Scottish Leaving Certificate Examination, 1957
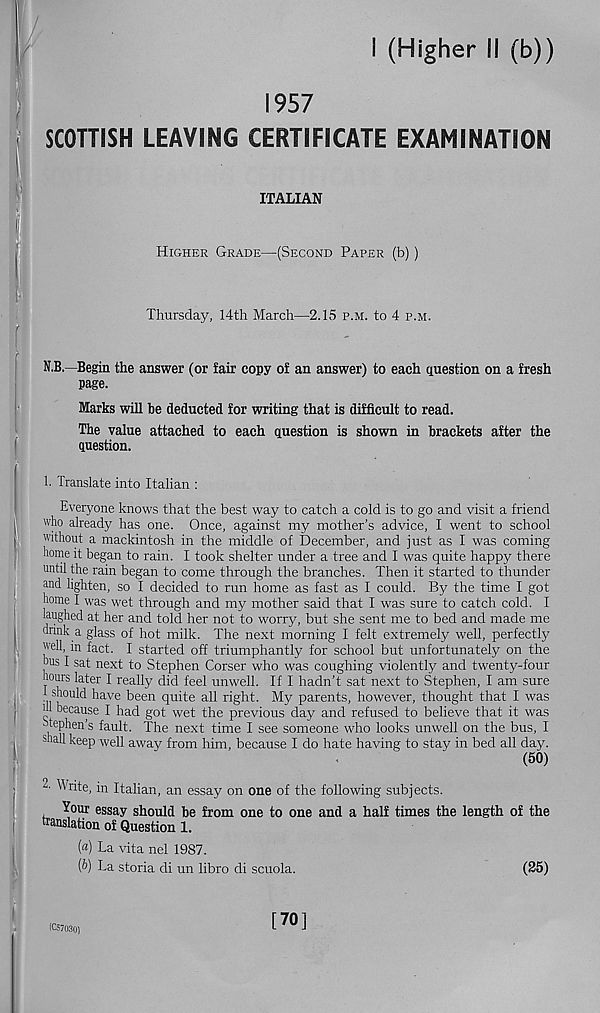
I (Higher il (b))
1957
SCOTTISH LEAVING CERTIFICATE EXAMINATION
ITALIAN
Higher Grade—(Second Paper (b))
Thursday, 14th March—2.15 p.m. to 4 p.m.
N.B.—Begin the answer (or fair copy of an answer) to each (juestion on a fresh
page.
Marks will be deducted for writing that is difficult to read.
The value attached to each question is shown in brackets after the
question.
1. Translate into Italian :
Everyone knows that the best way to catch a cold is to go and visit a friend
who already has one. Once, against my mother’s advice, I went to school
without a mackintosh in the middle of December, and just as I was coming
home it began to rain. I took shelter under a tree and I was quite happy there
until the rain began to come through the branches. Then it started to thunder
and lighten, so I decided to run home as fast as I could. By the time I got
home I was wet through and my mother said that I was sure to catch cold. I
laughed at her and told her not to worry, but she sent me to bed and made me
drmk a glass of hot milk. The next morning I felt extremely well, perfectly
well, in fact. I started off triumphantly for school but unfortunately on the
bus I sat next to Stephen Corser who was coughing violently and twenty-four
hours later I really did feel unwell. If I hadn’t sat next to Stephen, I am sure
, s o *d have been quite all right. My parents, however, thought that I was
ill because I had got wet the previous day and refused to believe that it was
Stephen s fault. The next time I see someone who looks unwell on the bus, I
shall keep well away from him, because I do hate having to stay in bed all day.
(50)
- Write, in Italian, an essay on one of the following subjects.
Your essay should be from one to one and a half times the length of the
translation of Question 1.
[a] La vita nel 1987.
{b) La storia di un libro di scuola.
(25)
(C57030)
[70]